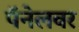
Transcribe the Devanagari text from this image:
पॅनेलवर